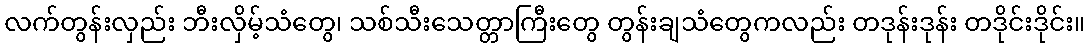
လက်တွန်းလှည်း ဘီးလှိမ့်သံတွေ၊ သစ်သီးသေတ္တာကြီးတွေ တွန်းချသံတွေကလည်း တဒုန်းဒုန်း တဒိုင်းဒိုင်း။